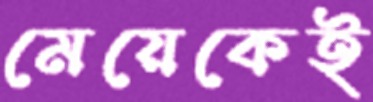
মেয়েকেই